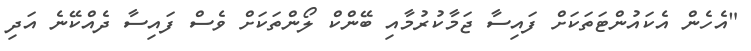
"އެހެން އެކައުންޓަތަކަށް ފައިސާ ޖަމާކުރުމާއި ބޭންކް ލޯންތަކަށް ވެސް ފައިސާ ދެއްކޭނެ އަދި